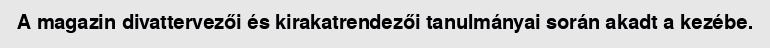
A magazin divattervezői és kirakatrendezői tanulmányai során akadt a kezébe.